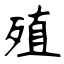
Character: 殖